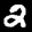
Label: 2